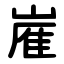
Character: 嵟